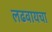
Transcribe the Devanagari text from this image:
लढवायचा